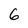
Character: 6